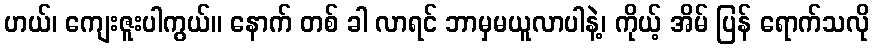
ဟယ်၊ ကျေးဇူးပါကွယ်။ နောက် တစ် ခါ လာရင် ဘာမှမယူလာပါနဲ့၊ ကိုယ့် အိမ် ပြန် ရောက်သလို